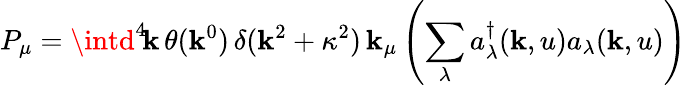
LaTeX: P_{\mu}=\intd^{4}\! \mathbf{k}\, \theta(\mathbf{k}^{0})\, \delta(\mathbf{k}^{2}+\kappa^{2})\, \mathbf{k}_{\mu}\left(\sum_{\lambda}a_{\lambda}^{\dagger}(\mathbf{k},u)a_{\lambda}(\mathbf{k},u)\right)